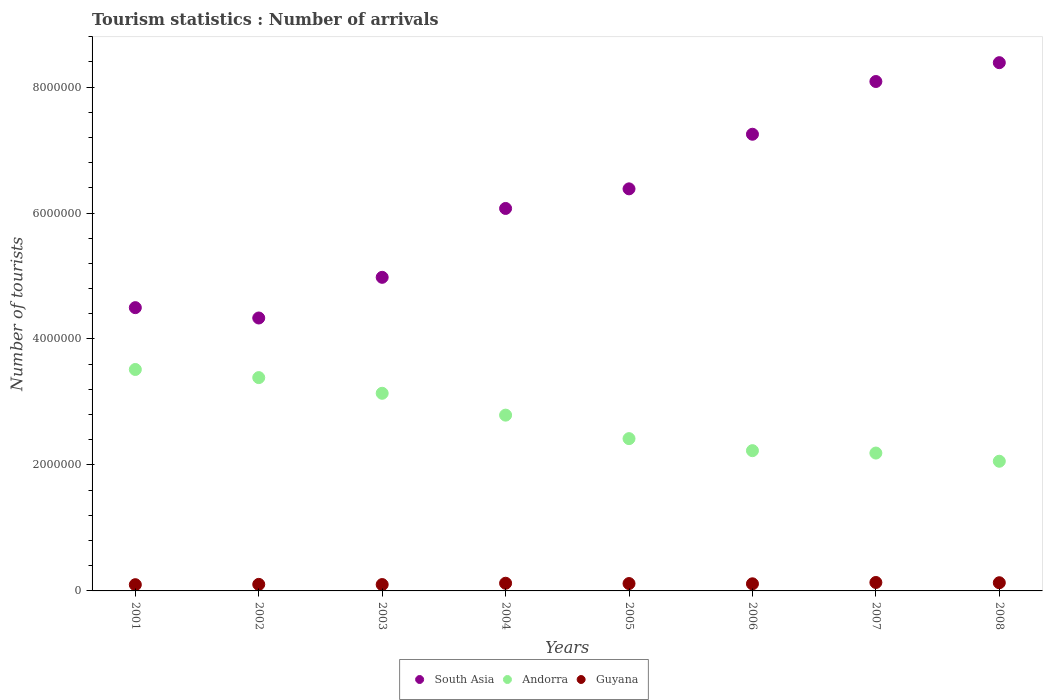
| Years | South Asia | Andorra | Guyana |
 | --- | --- | --- | --- |
 | 2001 | 4.5e+06 | 3.52e+06 | 9.9e+04 |
 | 2002 | 4.33e+06 | 3.39e+06 | 1.04e+05 |
 | 2003 | 4.98e+06 | 3.14e+06 | 1.01e+05 |
 | 2004 | 6.07e+06 | 2.79e+06 | 1.22e+05 |
 | 2005 | 6.38e+06 | 2.42e+06 | 1.17e+05 |
 | 2006 | 7.25e+06 | 2.23e+06 | 1.13e+05 |
 | 2007 | 8.09e+06 | 2.19e+06 | 1.34e+05 |
 | 2008 | 8.39e+06 | 2.06e+06 | 1.3e+05 |